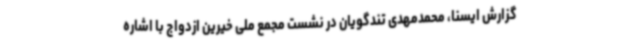
گزارش ایسنا، محمدمهدی تندگویان در نشست مجمع ملی خیرین ازدواج با اشاره